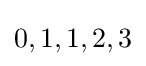
0,1,1,2,3